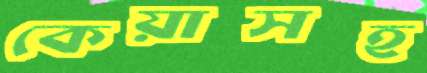
কেয়াসহ